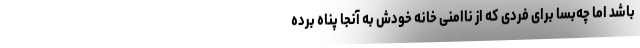
باشد اما چه‌بسا برای فردی که از ناامنی خانه خودش به آنجا پناه برده